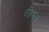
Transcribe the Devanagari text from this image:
शीषक